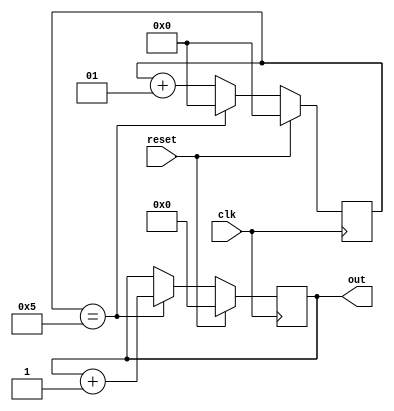
	module sample2(
	input		wire				clk,
	input		wire				reset,
	output	reg   [3:0]		out			
);
  
integer count = 26'b0;
 
initial begin
	out = 0;
	count = 0;
end

always @(posedge clk) begin
	if (reset) begin
		out <= 0;
		count <= 0;
	end else begin
		count <= count + 1;
		if(count == 5) begin
			count <= 0;
			out <= out + 1;
		end
	end
end

endmodule